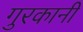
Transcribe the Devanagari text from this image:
गुरकानी